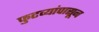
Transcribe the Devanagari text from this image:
फुटव्यांपासून